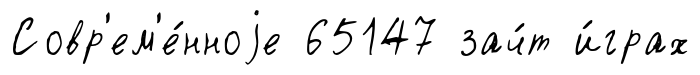
Совр'ем'е́нноjе 65147 зач́т и́грах